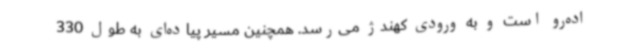
اده‌رو است و به ورودی کهندژ می‌رسد. همچنین مسیر پیاده‌ای به طول 330